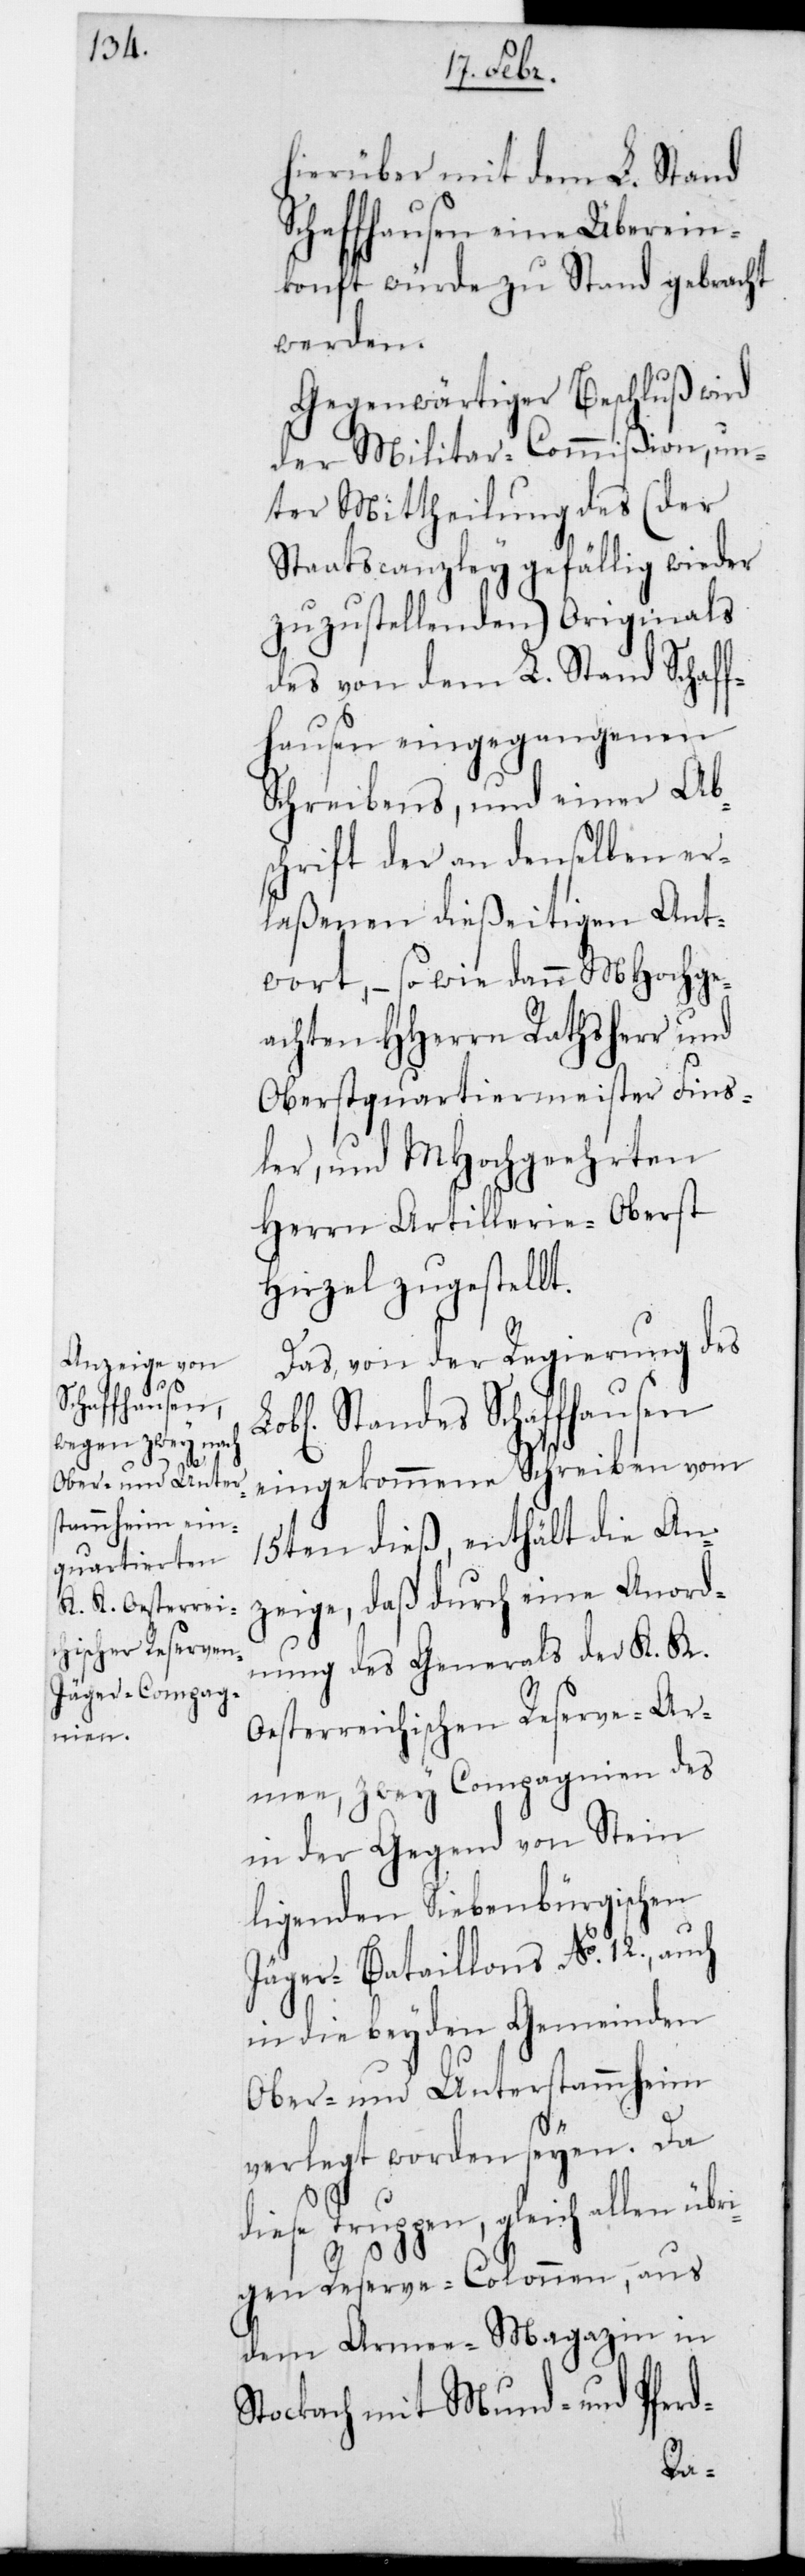
hierüber mit dem L. Stand
Schaffhausen eine Überein¬
kunft würde zu Stand gebracht
werden.
Gegenwärtiger Beschluß wird
der Militar-Commißion, un¬
ter Mittheilung des (der
Staatscanzley gefällig wieder
zuzustellenden) Originals
des von dem L. Stand Schaff¬
hausen eingegangenen
Schreibens, und einer Ab¬
schrift der an denselben er¬
laßenen dießeitigen Ant¬
wort, – sowie dann MHochge¬
achten HHerrn Rathsherr und
Oberstquartiermeister Fins¬
ler, und MHochgeehrten
Herrn Artillerie-Oberst
Hirzel zugestellt.
Das von der Regierung des
Lobl. Standes Schaffhausen
eingekommene Schreiben vom
15ten dieß, enthält die An¬
zeige, daß durch eine Anord¬
nung des Generals der K. K.
Oesterreichischen Reserve-Ar¬
mee, zwey Compagnien des
in der Gegend von Stein
ligenden siebenbürgischen
Jäger-Bataillons No. 12., auch
in die beyden Gemeinden
Ober- und Unterstammheim
verlegt worden seyen. Da
diese Truppen, gleich aller übri¬
gen Reserve-Colonnen, aus
dem Armee-Magazin in
Stockach mit Mund- und Pferd-